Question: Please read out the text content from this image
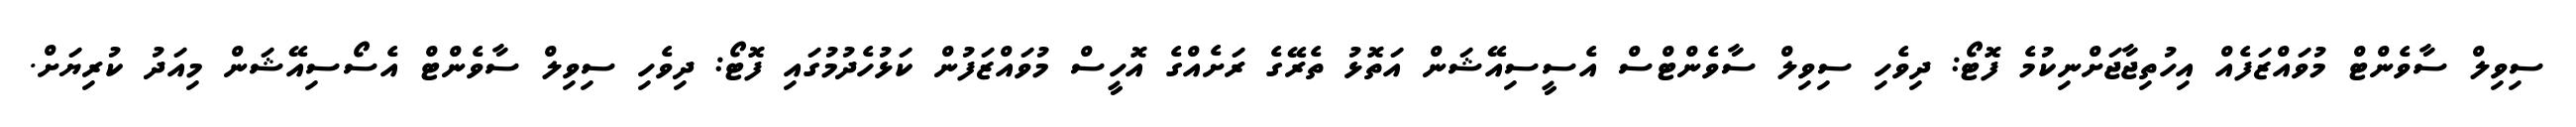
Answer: ސިވިލް ސާވެންޓް މުވައްޒަފެއް އިހުތިޖާޖަށްނިކުމެ ފޮޓޯ: ދިވެހި ސިވިލް ސާވެންޓްސް އެސީސިއޭޝަން އަތޮޅު ތެރޭގެ ރަށެއްގެ އޮހީސް މުވައްޒަފުން ކަޅުހެދުމުގައި ފޮޓޯ: ދިވެހި ސިވިލް ސާވެންޓް އެސޯސިއޭޝަން މިއަދު ކުރިޔަށް.